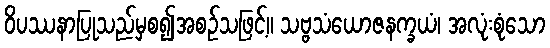
ဝိပဿနာပြုသည်မှစ၍အစဉ်သဖြင့်။ သဗ္ဗသံယောဇနက္ခယံ၊ အလုံးစုံသော